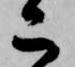
二